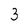
Character: 3